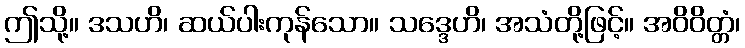
ဤသို့။ ဒသဟိ၊ ဆယ်ပါးကုန်သော။ သဒ္ဒေဟိ၊ အသံတို့ဖြင့်။ အဝိဝိတ္တံ၊